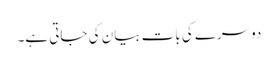
دوسرے کی بات بیان کی جاتی ہے۔